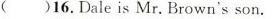
()17.Dale'sparents are teachers.